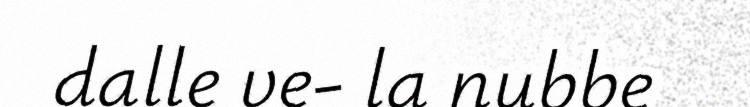
dalle ve- la nubbe